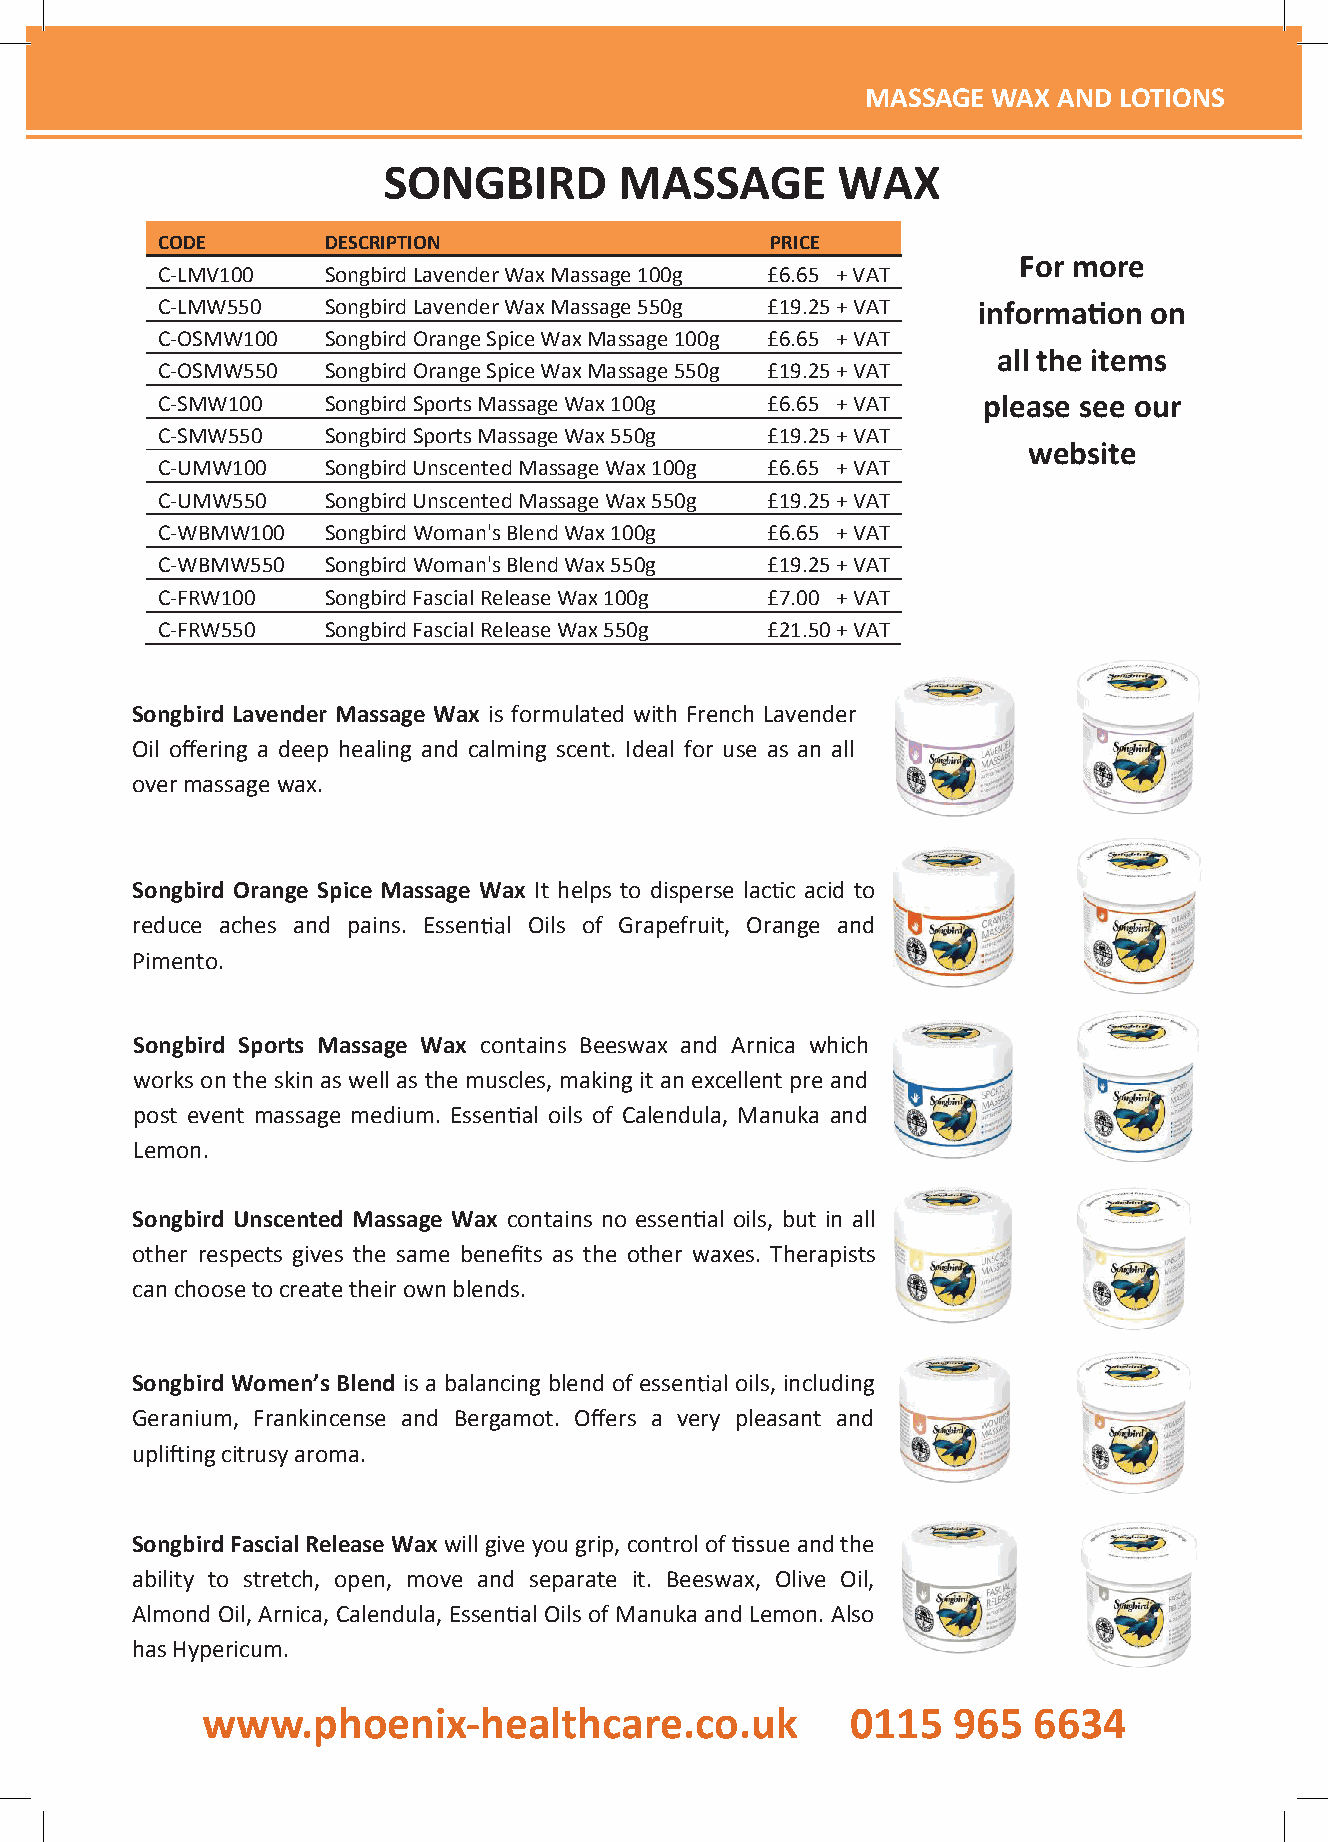
MMMAAASSSSSSAAAGGGEEE WWWAAAXXX AAANNNDDD LLLOOOTTTIIIOOONNNSSS
 SONGBIRD        MASSAGE       WAX
 CODE       DESCRIPTION                   PRICE
 For more
 C-LMV100   SongbirdLavenderWaxMassage100g £6.65 +VAT
 C-LMW550   SongbirdLavenderWaxMassage550g £19.25+ VAT          on on
 C-OSMW100  SongbirdOrangeSpiceWaxMassage100g £6.65 +VAT
 all the items
 C-OSMW550  SongbirdOrangeSpiceWaxMassage550g £19.25+ VAT
 C-SMW100   Songbird Sports MassageWax100g £6.65 +VAT   please see our
 C-SMW550   Songbird SportsMassageWax550g £19.25+ VAT
 website
 C-UMW100   Songbird UnscentedMassageWax100g £6.65 +VAT
 C-UMW550   Songbird UnscentedMassageWax550g £19.25+ VAT
 C-WBMW100  SongbirdWoman's BlendWax100g  £6.65 + VAT
 C-WBMW550  SongbirdWoman's BlendWax550g  £19.25+ VAT
 C-FRW100   Songbird Fascial ReleaseWax100g £7.00 +VAT
 C-FRW550   Songbird Fascial ReleaseWax550g £21.50+VAT
 Songbird Lavender Massage Wax is formulated with French Lavender
 Oil offering a deep healing and calming scent. Ideal for use as an all
 overmassagewax.
 Songbird Orange Spice Massage Wax It helps to disperse lac c acid to
 reduce aches and pains. Essen l Oils of Grapefruit, Orange and
 Pimento.
 Songbird Sports Massage Wax contains Beeswax and Arnica which
 works on the skin as well as the muscles, makingit an excellent pre and
 post event massage medium. Essen l oils of Calendula, Manuka and
 Lemon.
 Songbird Unscented Massage Wax contains no essen l oils, but in all
 other respects gives the same benefits as the other waxes. Therapists
 canchoosetocreatetheirownblends.
 Songbird Women’s Blend is a balancing blend of essen oils, including
 Geranium, Frankincense and Bergamot. Offers a very pleasant and
 upli ingcitrusyaroma.
 SongbirdFascialReleaseWax willgiveyougrip,controlof ueandthe
 ability to stretch, open, move and separate it. Beeswax, Olive Oil,
 Almond Oil, Arnica, Calendula, Essen l Oils ofManuka and Lemon. Also
 hasHypericum.
 wwwwww..pphhooeenniixx--hheeaalltthhccaarree..ccoo..uukk 00111155 996655 66663344
 www.phoenix-healthcare.co.uk                 0115   965  6634